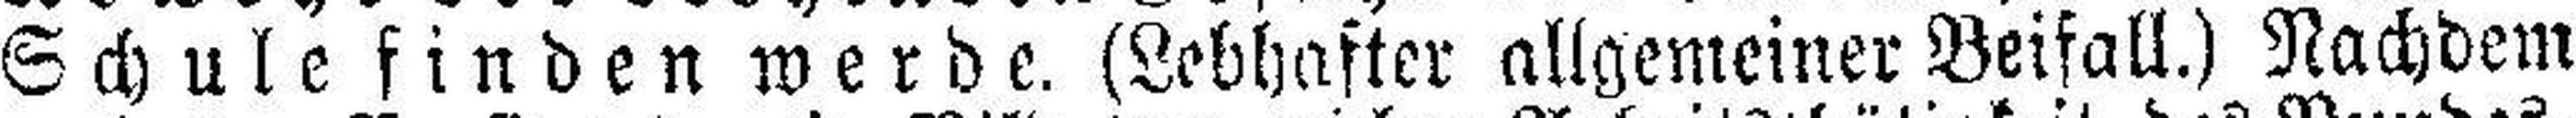
Schule finden werde. (Lebhafter allgemeiner Beifall.) Nachdem